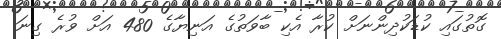
ގޮތުގައި ކުޑަކުދިންނަށް ކުރާ އެކި ބާވަތުގެ އަނިޔާގެ 480 އަށް ވުރެ ގިނަ